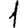
Digit: 1